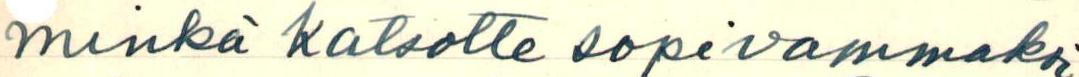
minkä Katsotte sopivammaksi